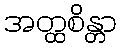
အတ္ထစိန္တာ